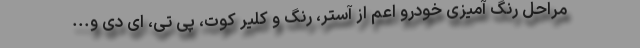
مراحل رنگ آمیزی خودرو اعم از آستر، رنگ و کلیر کوت، پی تی، ای دی و...